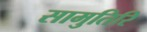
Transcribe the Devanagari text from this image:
सामुतिरि